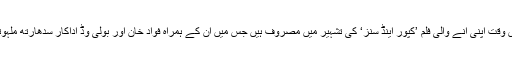
دوسری جانب عالیہ بھٹ اس وقت اپنی آنے والی فلم ’کپور اینڈ سنز‘ کی تشہیر میں مصروف ہیں جس میں ان کے ہمراہ فواد خان اور بولی وڈ اداکار سدھارتھ ملہوترا نے اہم کردار ادا کیا ہے۔